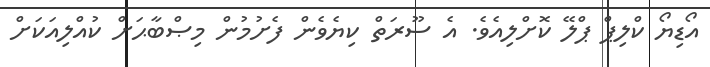
އޯޑިޔޯ ކްލިޕް ޕްލޭ ކޮށްލިއެވެ. އެ ސޫރަތް ކިޔެވެން ފެށުމުން މިޞްބާޙަށް ކުއްލިއަކަށް